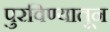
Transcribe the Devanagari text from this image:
पुरविण्यातून